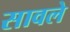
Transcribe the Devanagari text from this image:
सावले